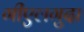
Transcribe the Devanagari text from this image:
गीएलगुदा